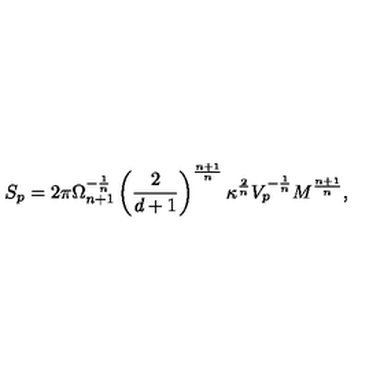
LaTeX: S _ { p } = 2 \pi \Omega _ { n + 1 } ^ { - \frac { 1 } { n } } \left( \frac { 2 } { d + 1 } \right) ^ { \frac { n + 1 } { n } } \kappa ^ { \frac { 2 } { n } } V _ { p } ^ { - \frac { 1 } { n } } M ^ { \frac { n + 1 } { n } } ,